Annual report of lunatic asylums [Bombay] - 1912-1922
Year: 1912
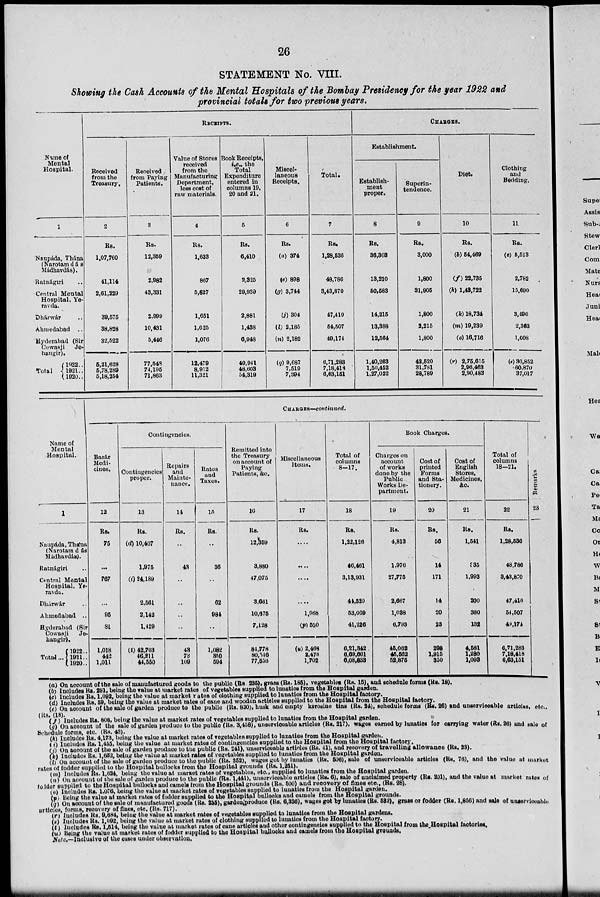
26
STATEMENT No. VIII.
Showing the Cash Accounts of the Mental Hospitals of the Bombay Presidency for the year 1922 and
provincial totals for two previous years.
Name of
Mental
Hospital.
1
Naupáda, Thána
(Narotam d á s
Mádhavdás).
Ratnágiri ..
Central Mental
Hospital, Yeravda.
Dhárwár ..
Abmedabad ..
Hyderabad (Sir
Cowasji
Jehangir).
Total
1922 ..
1921 ..
1920 ..
RECEIPTS.
Received
from the
Treasury.
2
Rs.
1,07,760
41,114
2,61,229
39,575
38,828
32,522
5,21,628
5,78,289
5,18,254
Received
from Paying
Patients.
3
Rs.
12,359
2,982
43,331
2,999
10,431
5,446
77,548
74,195
71,863
Value of Stores
received
from the
Manufacturing
Department,
less cost of
raw materials.
4
Rs.
1,633
867
5,627
1,651
1,625
1,076
12,479
8,912
11,321
Book Receipts,
i.e., the
Total
Expenditure
entered in
columns 19.
20 and 21.
5
Rs.
6,410
2,325
29,939
2,881
1,438
6,948
49,941
48,603
54,319
Miscel-
laneous
Receipts.
6
Rs.
(a) 374
(e) 898
(g) 3,744
(j) 304
(l) 2,185
(n) 2,182
(q) 9,687
7,519
7,394
Total.
7
Rs.
1,28,536
48,786
3,43,870
47,410
54,507
49,174
6,71,283
7,18,418
6,63,151
CHARGES.
Establishment.
Establish-
ment
proper.
8
Rs.
36,303
13,210
50,583
14,215
13,388
12,564
1,40,263
1,50,452
1,27,022
Superin-
tendence.
9
Rs.
3,000
1,800
31,905
1,800
2,215
1,800
42,520
31,781
28,789
Diet.
10
Rs.
(b) 54,469
(f) 22,735
(h) 1,43,722
(k) 18,734
(m) 19,239
(o) 16,716
(r) 2,75,615
2,96,463
2,90,483
Clothing
and
Bedding.
11
Rs.
(c) 5,513
2,782
15,690
3,496
2,363
1,008
(s) 30,852
60,870
37,017
Name of
Mental
Hospital.
1
Naupáda, Thána
(Narotam d á s
Mádhavdás).
Ratnágiri ..
Central Mental
Hospital, Yeravda.
Dharwár ..
Ahmedabad ..
Hyderabad (Sir
Cowasji Jehangir).
Total ...
1922 ..
1931 ..
1920 ..
CHARGES—continued.
Bazár
Medi-
cines.
12
Rs.
75
...
767
...
95
81
1,018
442
1,011
Contingencies.
Contingencies
proper.
13
Rs.
(d) 10,407
1,975
(i) 24,189
2,561
2,142
1,429
(t) 42,703
46,211
44,550
Repairs
and
Mainte-
nance.
14
Rs.
..
43
..
..
..
..
43
73
109
Rates
and
Taxes.
15
Rs.
..
36
..
62
984
..
1,082
350
594
Remitted into
the Treasury
on account of
Paying
Patients, &c.
16
Rs.
12,359
3,880
47,075
3,661
10,675
7,128
84,778
80,546
77,556
Miscellaneous
Items.
17
Rs.
....
....
....
....
1,968
(p)500
(u) 2,468
2,473
1,702
Total of
columns
8-17.
18
Rs.
1,22,126
46,461
3,13,931
44,529
53,069
41,226
6,21,342
6,69,661
6,08,833
Book Charges.
Charges on
account
of works
done by the
Public
Works De-
partment.
19
Rs.
4,813
1,976
27,775
2,667
1,038
6,793
45,062
45,562
52,875
Cost of
printed
Forms
and Sta-
tionery.
20
Rs.
56
14
171
14
20
23
298
1,915
350
Cost of
English
Stores,
Medicines,
&c.
21
Rs.
1,541
335
1,993
200
380
132
4,581
1,280
1,093
Total of
columns
18-21.
22
Rs.
1,28,536
48,786
3,43,870
47,410
54,507
49,174
6,71,288
7,18,418
6,63,151
Remarks
23
(a) On account of the sale of manufactured goods to the public (Rs 235), grass (Rs. 185), vegetables (Rs. 15), and schedule forms (Rs. 18).
(b) Includes Rs. 291, being the value at market rates of vegetables supplied to lunatics from the Hospital garden.
(c) Includes Rs. 1,092, being the value at market rates of clothing supplied to lunatics from the Hospital factory.
(d) Includes Rs. 59, being the value at market rates of cane and wooden articles supplied to the Hospital from the Hospital factory.
(e) On account of the sale of garden produce to the public (Rs. 830), husk and empty kerosine tins (Rs. 24), schedule forms (Rs. 26) and unserviceable articles, etc.,
(Rs. (18).
(f) Includes Rs. 808, being the value at market rates of vegetables supplied to lunatics from the Hospital garden.
(g) On account of the sale of garden produce to the public (Rs. 3,458), unserviceable articles (Rs. 217), wages earned by lunatics for carrying water (Rs. 26) and sale of
Schedule forms, etc. (Rs. 43).
(h) Includes Rs. 4,173, being the value at market rates of vegetables supplied to lunatics from the Hospital garden.
(i) Includes Rs. 1,455, being the value at market rates of contingencies supplied to the Hospital from the Hospital factory.
(j) On account of the sale of garden produce to the public (Rs. 241), unserviceable articles (Rs. 41), and recovery of travelling allowance (Rs. 23).
(k) Includes Rs. 1,652, being the value at market rates of vegetables supplied to lunatics from the Hospital garden.
(l) On account of the sale of garden produce to the public (Rs. 352), wages got by lunatics (Rs. 506), sale of unserviceable articles (Rs. 76), and the value at market
rates of fodder supplied to the Hospital bullocks from the Hospital grounds (Rs. 1,251).
(m) Includes Rs. 1,624, being the value at market rates of vegetables, etc., supplied to lunatics from the Hospital garden.
(n) On account of the sale of garden produce to the public (Rs. 1,441), unserviceable articles (Rs. 6), sale of unclaimed property (Rs. 201), and the value at market rates of
fodder supplied to the Hospital bullocks and camels from the Hospital grounds (Rs. 500) and recovery of fines etc., (Rs. 28).
(o) Includes Rs. 1,076, being the value at market rates of vegetables supplied to lunatics from the Hospital garden.
(p) Being the value at market rates of fodder supplied to the Hospital bullocks and camels from the Hospital grounds.
(q) On account of the sale of manufactured goods (Rs. 235), garden produce (Rs. 6,336), wages got by lunatics (Rs. 532), grass or fodder (Rs. 1,856) and sale of unserviceable
articles, forms, recovery of fines, etc. (Rs. 717).
(r) Includes Rs. 9,684, being the value at market rates of vegetables supplied to lunatics from the Hospital gardens.
( s) Includes Rs. 1,092, being the value at market rates of clothing supplied to lunatics from the Hospital factory.
(t) Includes Rs. 1,514, being the value at market rates of cane articles and other contingencies supplied to the Hospital from the Hospital factories.
(u) Being the value at market rates of fodder supplied to the Hospital bullocks and camels from the Hospital grounds,
Note.—Inclusive of the cases under observation.